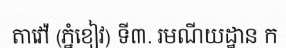
តាវ៉ៅ (ភ្នំខៀវ) ទី៣. រមណីយដ្ឋាន ក